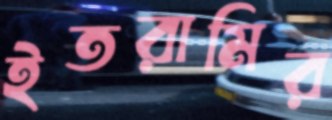
ইতরামির